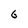
Character: 6